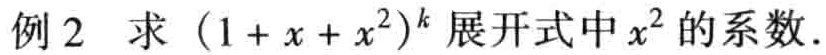
例 2 求\((1 + x + x^{2})^{k}\)展开式中\(x^{2}\)的系数.